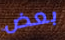
بعض